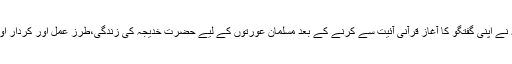
محترمہ سیّدہ ثمینہ امتیاز صاحبہ نے اپنی گفتگو کا آغاز قرآنی آئیت سے کرنے کے بعد مسلمان عورتوں کے لیے حضرت خدیجہ کی زندگی،طرز عمل اور کردار اورشخصیت کو بے مثال قرار دیا۔